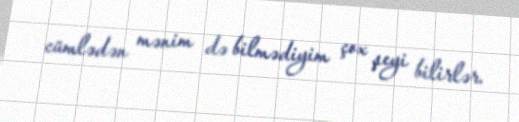
cümlədən mənim də bilmədiyim çox şeyi bilirlər.